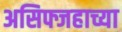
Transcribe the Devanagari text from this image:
असिफ्जहाच्या